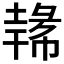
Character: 𪤐